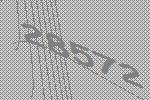
28572